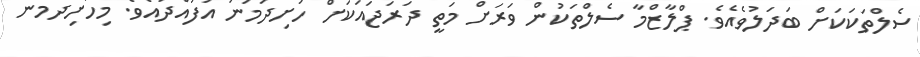
ސެލްތަކަކަށް ބަދަލުވެއެވެ. ޕްލާޒްމާ ސެލްތަކުން ވަރަށް މަތީ ދަރަޖައަކަށް ހަށިދަމަނަ އުފައްދައެވެ. މިހަށިދަމަނަ